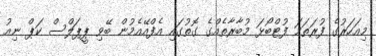
މިއަހަރުގެ ފުރަތަމަ ފުޓްބޯޅަ މުބާރާތެއްގެ ގޮތުގައި އެފްއޭއެމުން ބޭވި ޕީޕަލްސް ކަޕް ނިއު